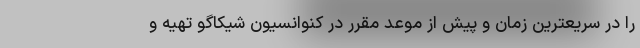
را در سریعترین زمان و پیش از موعد مقرر در کنوانسیون شیکاگو تهیه و